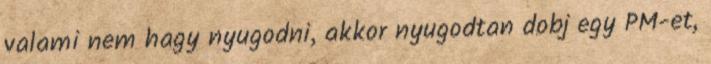
valami nem hagy nyugodni, akkor nyugodtan dobj egy PM-et,